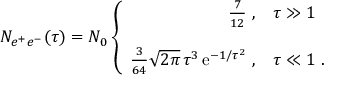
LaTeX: N _ { e ^ { + } e ^ { - } } ( \tau ) = N _ { 0 } \left\{ \begin{array} { r l } { { \frac { 7 } { 1 2 } \ , } } & { { \tau \gg 1 } } \\ { { } } & { { } } \\ { { \frac { 3 } { 6 4 } \sqrt { 2 \pi } \, \tau ^ { 3 } \, \mathrm { e } ^ { - 1 / \tau ^ { 2 } } \ , } } & { { \tau \ll 1 \ . } } \end{array} \right.